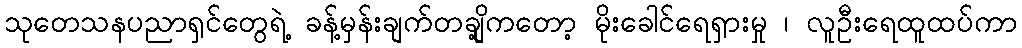
သုတေသနပညာရှင်တွေရဲ့ ခန့်မှန်းချက်တချို့ကတော့ မိုးခေါင်ရေရှားမှု ၊ လူဦးရေထူထပ်ကာ